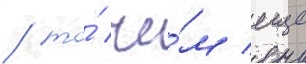
/ то́ че́м еще